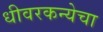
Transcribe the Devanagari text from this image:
धीवरकन्येचा